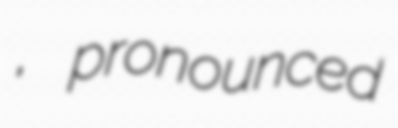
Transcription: သာလှ, pronounced